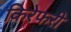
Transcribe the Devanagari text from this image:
किरेफरी